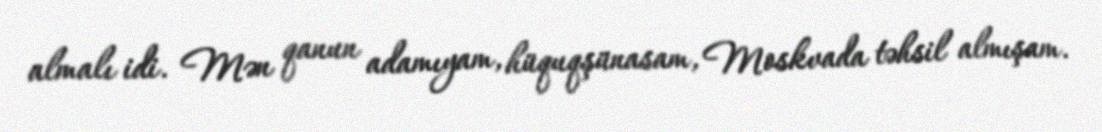
almalı idi. Mən qanun adamıyam, hüquqşünasam, Moskvada təhsil almışam.